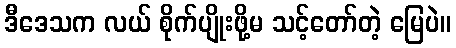
ဒီဒေသက လယ် စိုက်ပျိုးဖို့မ သင့်တော်တဲ့ မြေပဲ။